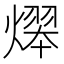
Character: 𤎋